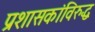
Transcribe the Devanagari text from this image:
प्रशासकांविरुद्ध